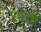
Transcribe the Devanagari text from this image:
लऊ